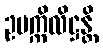
ဥပက္ကိလိဋ္ဌန္တိ